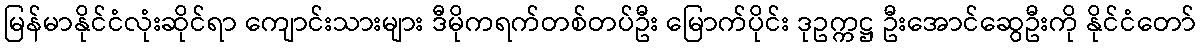
မြန်မာနိုင်ငံလုံးဆိုင်ရာ ကျောင်းသားများ ဒီမိုကရက်တစ်တပ်ဦး မြောက်ပိုင်း ဒုဥက္ကဋ္ဌ ဦးအောင်ဆွေဦးကို နိုင်ငံတော်